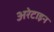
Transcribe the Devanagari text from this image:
अरेटाइन